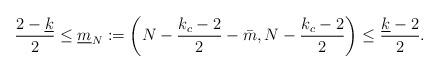
LaTeX: \begin{align*}\frac{2-\underline k}{2}\leq\underline{m}_N:=\left(N-\frac{k_c-2}{2}-\bar m,N-\frac{k_c-2}{2}\right)\leq \frac{\underline k-2}{2}. \end{align*}